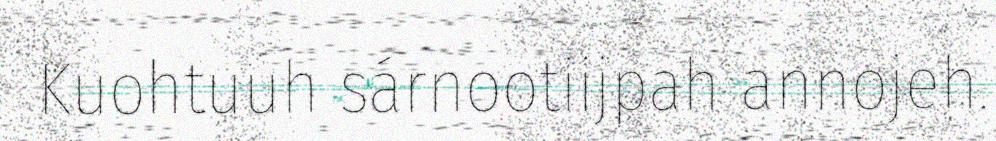
Kuohtuuh sárnootiijpah annojeh.